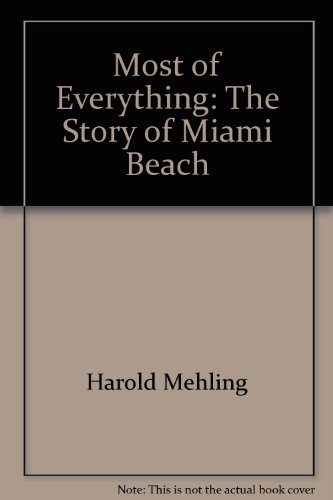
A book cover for The most of everything;: The story of Miami Beach; Harold Mehling; Travel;